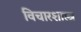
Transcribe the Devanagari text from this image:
विचारशास्त्र